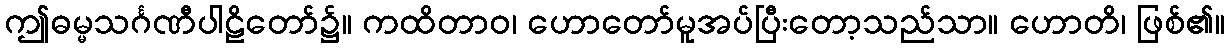
ဤဓမ္မသင်္ဂဏီပါဠိတော်၌။ ကထိတာဝ၊ ဟောတော်မူအပ်ပြီးတော့သည်သာ။ ဟောတိ၊ ဖြစ်၏။